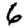
Digit: 6